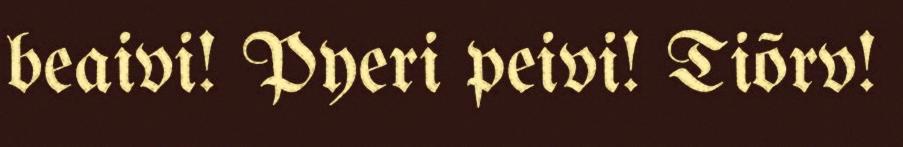
beaivi! Pyeri peivi! Tiõrv!